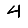
Digit: 4